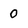
Character: 0